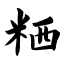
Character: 粞